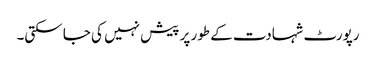
رپورٹ شہادت کے طور پر پیش نہیں کی جا سکتی۔